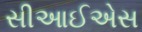
સીઆઈએસ